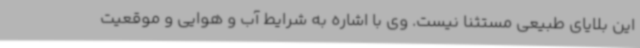
این بلایای طبیعی مستثنا نیست. وی با اشاره به شرایط آب و هوایی و موقعیت